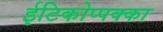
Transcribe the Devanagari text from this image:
ईटिकोप्पक्का